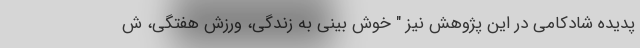
پدیده شادکامی در این پژوهش نیز " خوش بینی به زندگی، ورزش هفتگی، ش